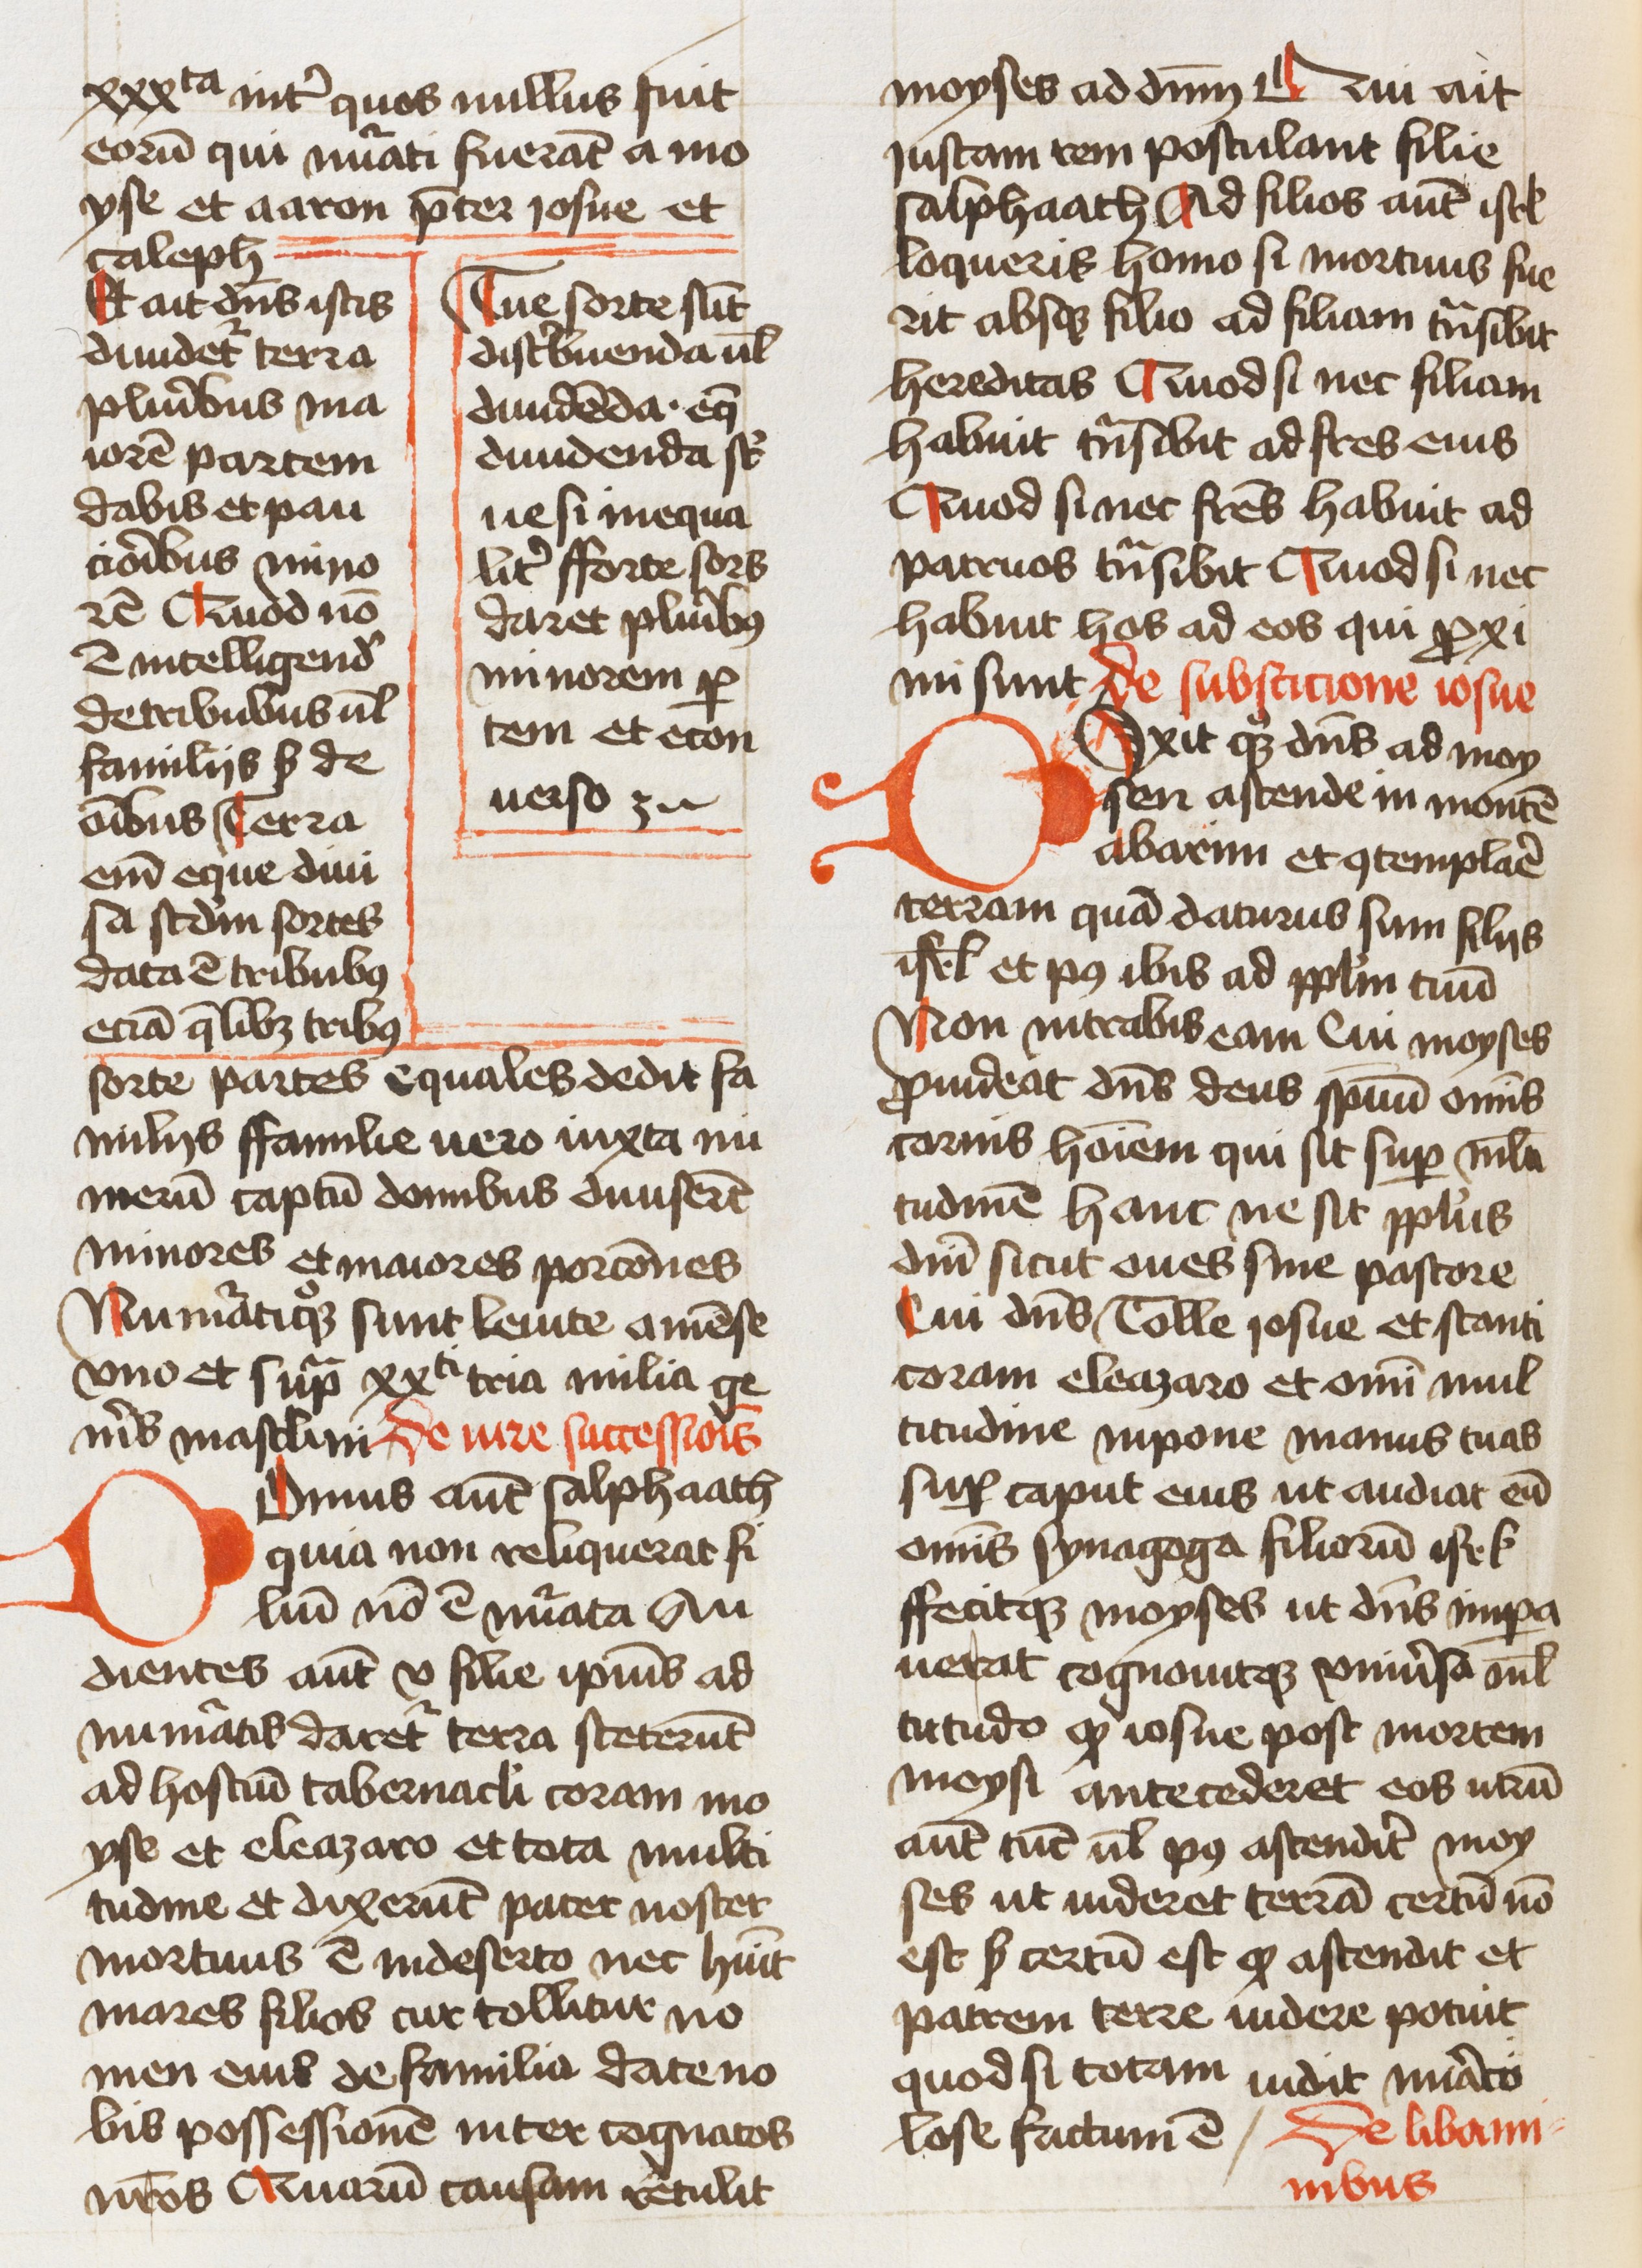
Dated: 1460–1461